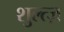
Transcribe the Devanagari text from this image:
शुल्त्ज़